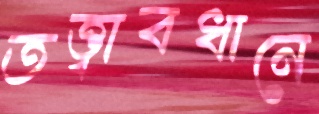
তত্ত্বাবধানে